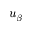
u _ { \beta }